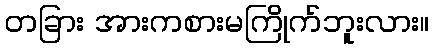
တခြား အားကစားမကြိုက်ဘူးလား။